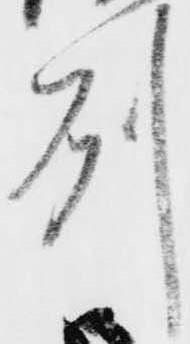
州